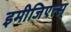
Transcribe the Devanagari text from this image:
इमीजिएत्स्